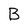
Character: B